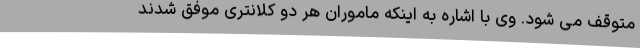
متوقف می شود. وی با اشاره به اینکه ماموران هر دو کلانتری موفق شدند